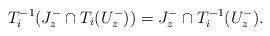
LaTeX: \begin{align*}T_i^{-1}(J_z^-\cap T_i(U_z^-))=J_z^-\cap T_i^{-1}(U_z^-).\end{align*}